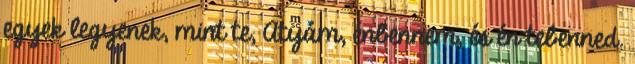
egyek legyenek, mint te, Atyám, énben­nem, és én tebenned.